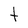
Character: t